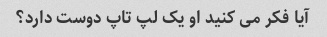
آیا فکر می کنید او یک لپ تاپ دوست دارد؟